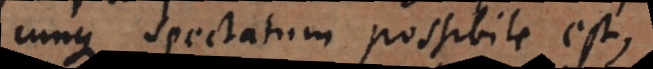
cunque spectatum possibile est,